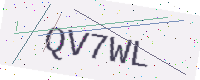
Text: QV7WL